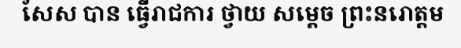
សែស បាន ធ្វើរាជការ ថ្វាយ សម្តេច ព្រះនរោត្តម